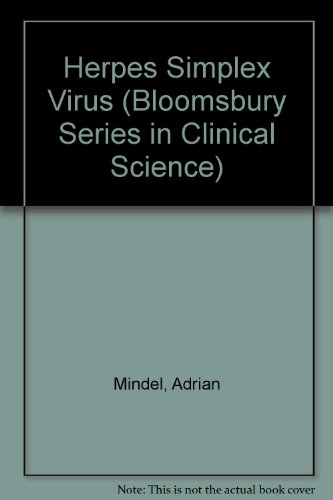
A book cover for Herpes Simplex Virus (Bloomsbury Series in Clinical Science); Adrian Mindel; Health, Fitness & Dieting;